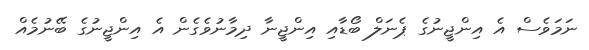
ނަމަވެސް އެ އިންޖީނުގެ ޕެނަލް ބޯޑާއި އިންޖީނާ ދިމާނުވެގެން އެ އިންޖީނުގެ ބޭނުމެއް